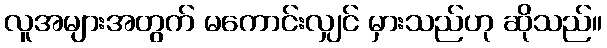
လူအများအတွက် မကောင်းလျှင် မှားသည်ဟု ဆိုသည်။